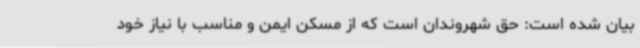
بیان شده است: حق شهروندان است که از مسکن ایمن و مناسب با نیاز خود